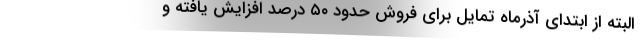
البته از ابتدای آذرماه تمایل برای فروش حدود ۵۰ درصد افزایش یافته و